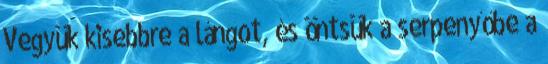
Vegyük kisebbre a lángot, és öntsük a serpenyőbe a